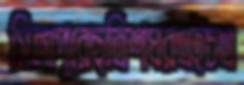
সিঙ্গাপুরেছত্রিশঘরএইচএ